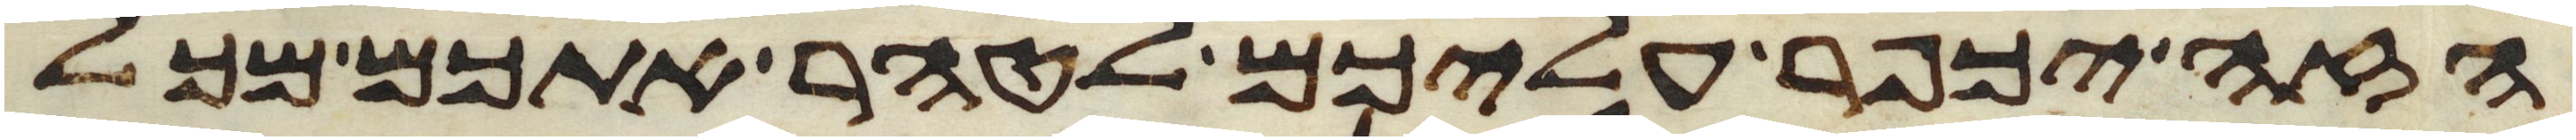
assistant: הזה יכפר עליכם לטהר אתכם מכל